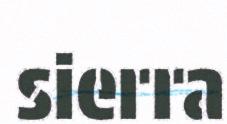
sierra